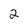
Character: 2